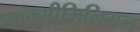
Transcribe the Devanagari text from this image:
माक्सीमिलियन